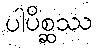
ပါပိစ္ဆဿ